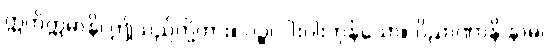
ဣတိဣမာနိ၊ ဤသည်တို့ကား။ ပဉ္စ၊ ငါးပါးကုန်သော။ ဝိညာဏာနိ နာမ၊